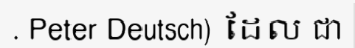
. Peter Deutsch) ដែល ជា